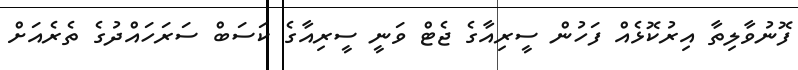
ފޮނުވާލިތާ އިރުކޮޅެއް ފަހުން ސީރިއާގެ ޖެޓް ވަނީ ސީރިއާގެ ކަސަބް ސަރަހައްދުގެ ތެރެއަށް